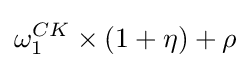
\omega _{1}^{CK}\times (1+\eta )+\rho